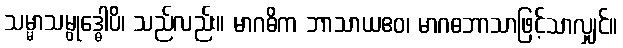
သမ္မာသမ္ဗုဒ္ဓေါပိ၊ သည်လည်း။ မာဂဓိက ဘာသာယဧဝ၊ မာဂဓဘာသာဖြင့်သာလျှင်။